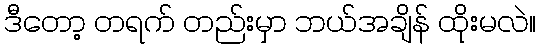
ဒီတော့ တရက် တည်းမှာ ဘယ်အချိန် ထိုးမလဲ။